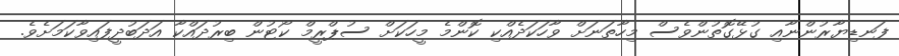
ފަނޑިޔާރުންނާއި ގުޅޭގޮތުންވެސް މިހާތަނަށް ވާހަކަދެއްކި ކޮންމެ މީހަކަށް ސުޕްރީމް ކޯޓުން ބިރުދައްކާ އަދަބުދީފައިވާކަމަށެވެ.